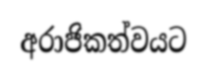
අරාජිකත්වයට